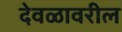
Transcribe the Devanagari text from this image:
देवळावरील